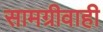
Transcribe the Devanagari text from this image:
सामग्रीवाही